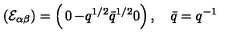
\left( { \cal E } _ { \alpha \beta } \right) = \left( \begin{matrix} { 0 } & { - q ^ { 1 / 2 } } \\ { \bar { q } ^ { 1 / 2 } } & { 0 } \\ \end{matrix} \right) , \quad \bar { q } = q ^ { - 1 }